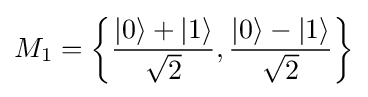
M_{1}=\left\{{\frac {|0\rangle +|1\rangle }{\sqrt {2}}},{\frac {|0\rangle -|1\rangle }{\sqrt {2}}}\right\}